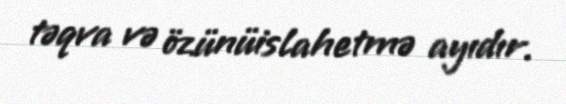
təqva və özünüislahetmə ayıdır.